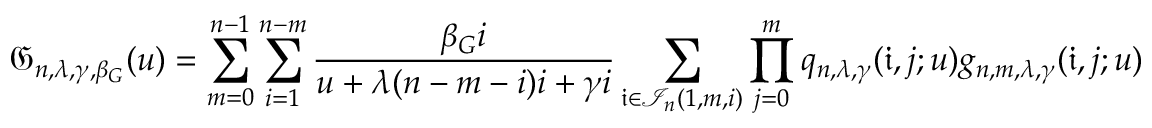
\mathfrak { G } _ { n , \lambda , \gamma , \beta _ { G } } ( u ) = \sum _ { m = 0 } ^ { n - 1 } \sum _ { i = 1 } ^ { n - m } \frac { \beta _ { G } i } { u + \lambda ( n - m - i ) i + \gamma i } \sum _ { \mathfrak { i } \in \mathcal { I } _ { n } ( 1 , m , i ) } \prod _ { j = 0 } ^ { m } q _ { n , \lambda , \gamma } ( \mathfrak { i } , j ; u ) g _ { n , m , \lambda , \gamma } ( \mathfrak { i } , j ; u )